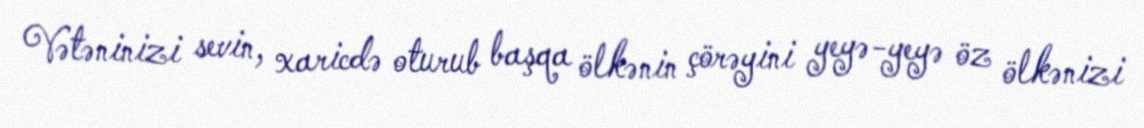
Vətəninizi sevin, xaricdə oturub başqa ölkənin çörəyini yeyə-yeyə öz ölkənizi